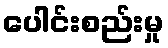
ပေါင်းစည်းမှု